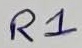
Text: R1